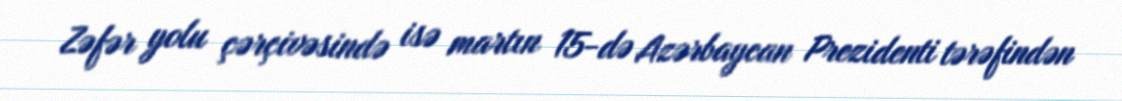
Zəfər yolu çərçivəsində isə martın 15-də Azərbaycan Prezidenti tərəfindən